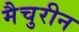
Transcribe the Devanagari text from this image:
मैचुरीन